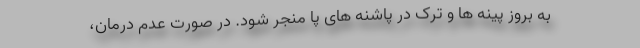
به بروز پینه ها و ترک در پاشنه های پا منجر شود. در صورت عدم درمان،